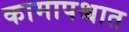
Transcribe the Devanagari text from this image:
कामापश्चात